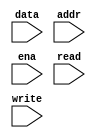
  module ram(data, addr, ena, read, write);
   input ena, read, write;
   input [7:0] addr;
   input [7:0] data;
 
   reg [7:0] ram[255:0];
 
   assign data = (read&&ena)? ram[addr]:8'hzz;     
   always @(posedge write) begin   
       ram[addr] <= data;
   end
   endmodule
//ena